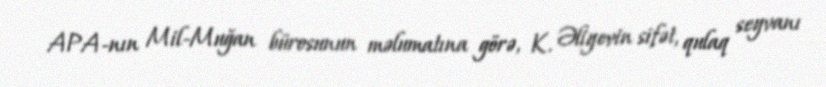
APA-nın Mil-Muğan bürosunun məlumatına görə, K. Əliyevin sifət, qulaq seyvanı